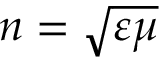
n = \sqrt { \varepsilon \mu }